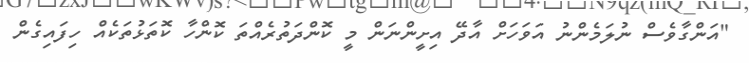
"އަންގާވެސް ނުލަމެންނު އަވަހަށް އާދޭ އިށީންނަން މީ ކޮންދަތުރެއްތަ ކޮންހާ ކޮތަޅުތަކެއް ހިފައިގެން